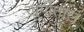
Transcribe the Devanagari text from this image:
खुर्पीताल